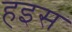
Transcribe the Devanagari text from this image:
हइस